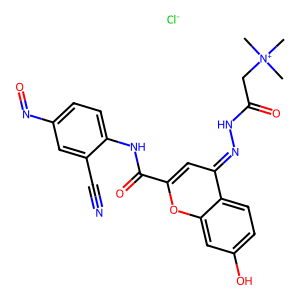
SMILES: C[N+](C)(C)CC(=O)NN=c1cc(C(=O)Nc2ccc(N=O)cc2C#N)oc2cc(O)ccc12.[Cl-]
Inhibits HIV replication: No